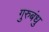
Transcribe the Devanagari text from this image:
गुरुबंधु